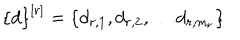
\left\{ d \right\} ^ { [ r ] } = \left\{ d _ { r , 1 } , d _ { r , 2 } , \ldots d _ { r , m _ { r } } \right\}